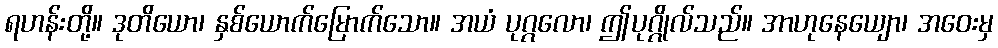
ရဟန်းတို့။ ဒုတိယော၊ နှစ်ယောက်မြောက်သော။ အယံ ပုဂ္ဂလော၊ ဤပုဂ္ဂိုလ်သည်။ အာဟုနေယျော၊ အဝေးမှ